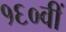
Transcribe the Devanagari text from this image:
१६०वीं